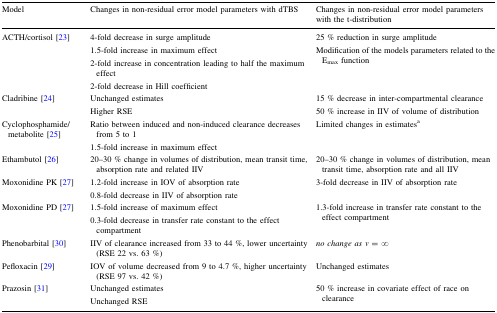
<table><thead><tr><td><b>Model</b></td><td><b>Changes in non-residual error model parameters with dTBS</b></td><td><b>Changes in non-residual error model parameters with the t-distribution</b></td></tr></thead><tbody><tr><td>ACTH/cortisol [23]</td><td>4-fold decrease in surge amplitude1.5-fold increase in maximum effect2-fold increase in concentration leading to half the maximum effect2-fold decrease in Hill coefficient</td><td>25 % reduction in surge amplitudeModification of the models parameters related to the E<sub>max</sub> function</td></tr><tr><td>Cladribine [24]</td><td>Unchanged estimatesHigher RSE</td><td>15 % decrease in inter-compartmental clearance50 % increase in IIV of volume of distribution</td></tr><tr><td>Cyclophosphamide/metabolite [25]</td><td>Ratio between induced and non-induced clearance decreases from 5 to 11.5-fold increase in maximum effect</td><td>Limited changes in estimates<sup>a</sup></td></tr><tr><td>Ethambutol [26]</td><td>20–30 % change in volumes of distribution, mean transit time, absorption rate and related IIV</td><td>20–30 % change in volumes of distribution, mean transit time, absorption rate and all IIV</td></tr><tr><td>Moxonidine PK [27]</td><td>1.2-fold increase in IOV of absorption rate0.8-fold decrease in IIV of absorption rate</td><td>3-fold decrease in IIV of absorption rate</td></tr><tr><td>Moxonidine PD [27]</td><td>1.5-fold increase of maximum effect0.3-fold decrease in transfer rate constant to the effect compartment</td><td>1.3-fold increase in transfer rate constant to the effect compartment</td></tr><tr><td>Phenobarbital [30]</td><td>IIV of clearance increased from 33 to 44 %, lower uncertainty (RSE 22 vs. 63 %)</td><td><i>no change as ν</i> = <i>∞</i></td></tr><tr><td>Pefloxacin [29]</td><td>IOV of volume decreased from 9 to 4.7 %, higher uncertainty (RSE 97 vs. 42 %)</td><td>Unchanged estimates</td></tr><tr><td>Prazosin [31]</td><td>Unchanged estimatesUnchanged RSE</td><td>50 % increase in covariate effect of race on clearance</td></tr></tbody></table>